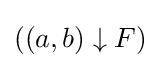
((a,b)\downarrow F)